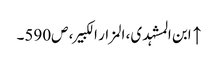
↑ ابن المشہدی، المزار الکبیر، ص590۔